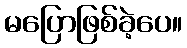
မပြောဖြစ်ခဲ့ပေ။